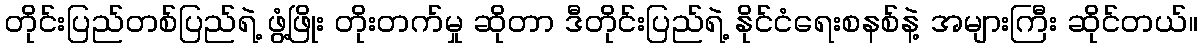
တိုင်းပြည်တစ်ပြည်ရဲ့ ဖွံ့ဖြိုး တိုးတက်မှု ဆိုတာ ဒီတိုင်းပြည်ရဲ့ နိုင်ငံရေးစနစ်နဲ့ အများကြီး ဆိုင်တယ်။